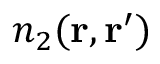
n _ { 2 } ( \ensuremath { \mathbf { r } } , \ensuremath { \mathbf { r } } ^ { \prime } )